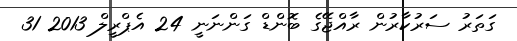
ގަތަރު ސަރުކާރުން ރާއްޖޭގެ ބޮންޑް ގަންނަނީ 24 އެޕްރީލް 2013 31